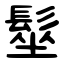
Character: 髽